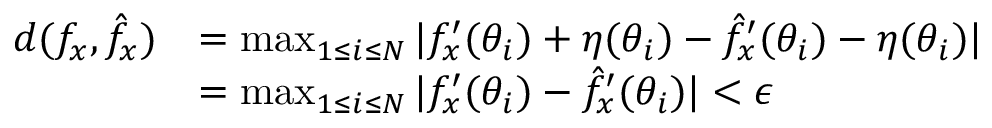
\begin{array} { r l } { d ( f _ { x } , \hat { f } _ { x } ) } & { = \operatorname* { m a x } _ { 1 \leq i \leq N } | f _ { x } ^ { \prime } ( \theta _ { i } ) + \eta ( \theta _ { i } ) - \hat { f } _ { x } ^ { \prime } ( \theta _ { i } ) - \eta ( \theta _ { i } ) | } \\ & { = \operatorname* { m a x } _ { 1 \leq i \leq N } | f _ { x } ^ { \prime } ( \theta _ { i } ) - \hat { f } _ { x } ^ { \prime } ( \theta _ { i } ) | < \epsilon } \end{array}